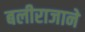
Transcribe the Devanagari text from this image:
बलीराजाने